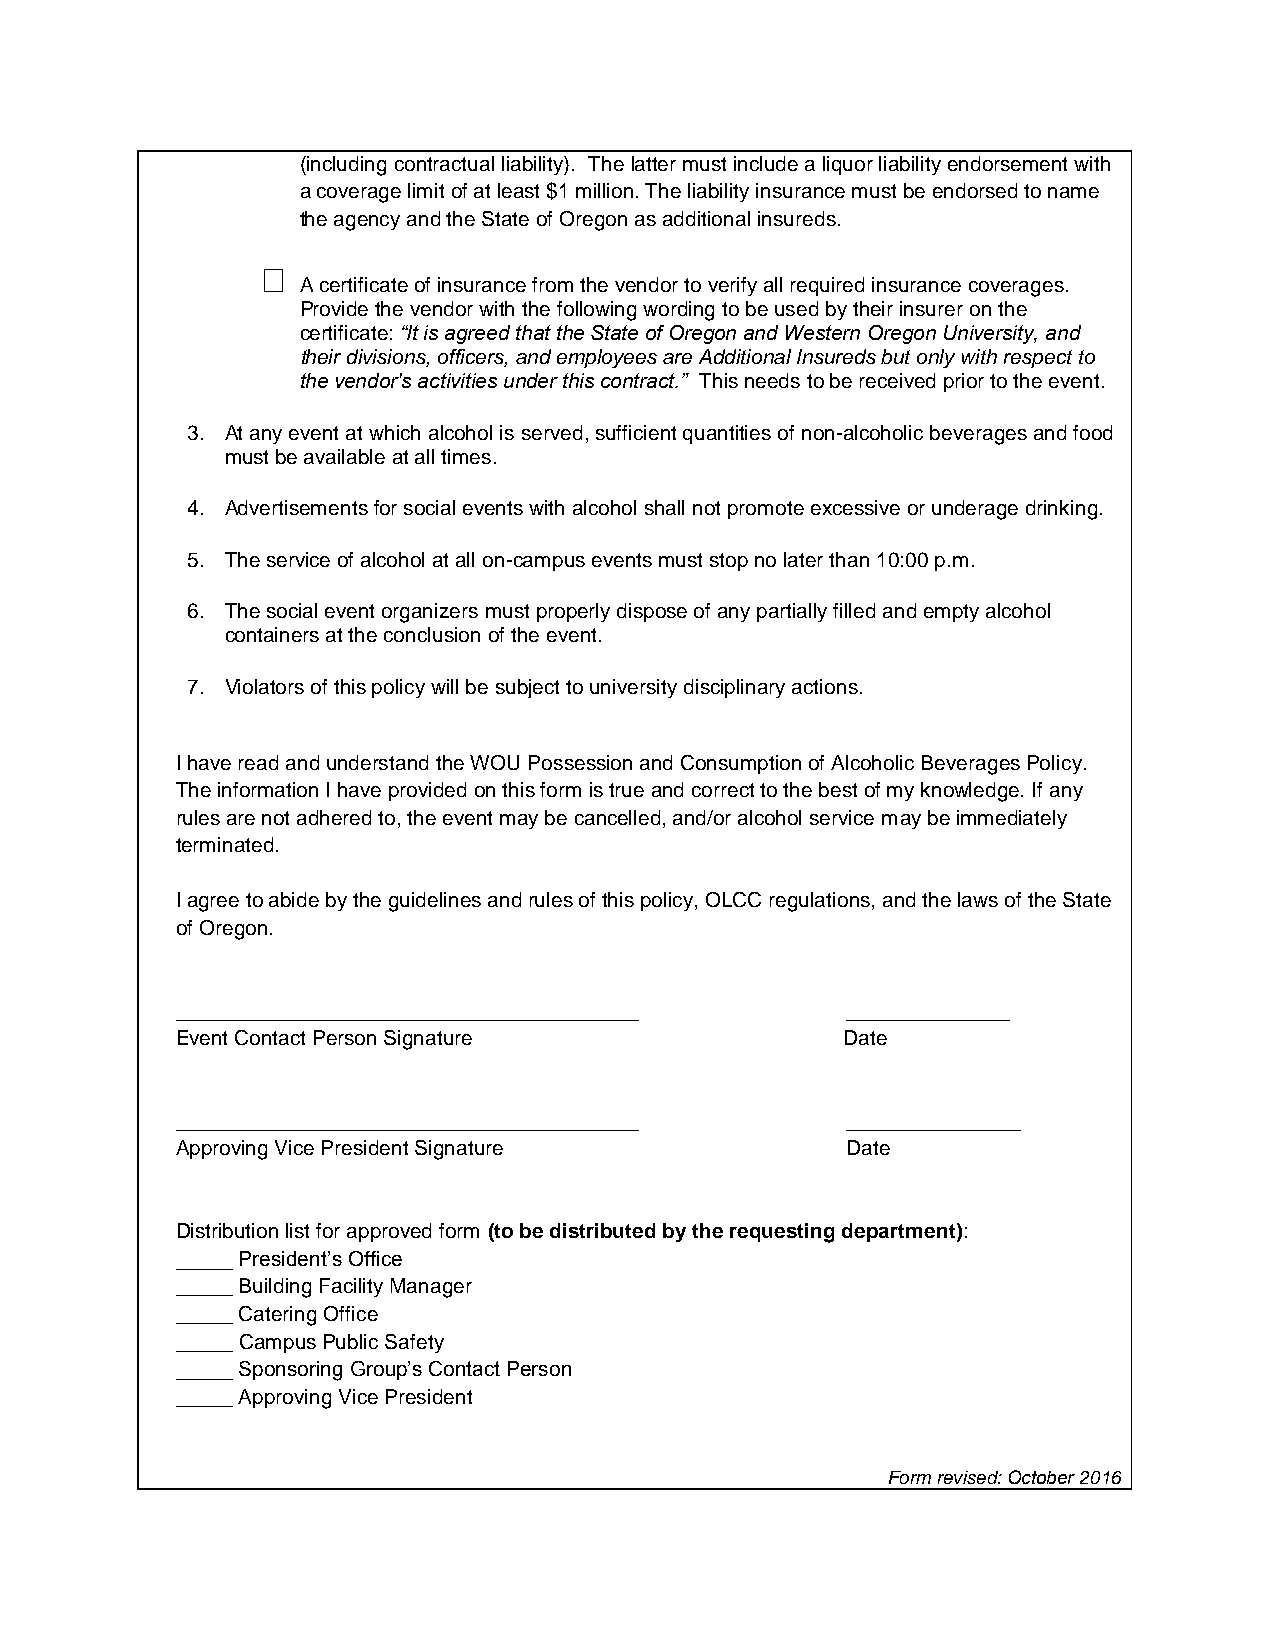
(including contractual liability). The latter must include a liquor liability endorsement with
 a coverage limit of at least $1 million. The liability insurance must be endorsed to name
 the agency and the State of Oregon as additional insureds.
 
 A certificate of insurance from the vendor to verify all required insurance coverages.
 Provide the vendor with the following wording to be used by their insurer on the
 certificate: “It is agreed that the State of Oregon and Western Oregon University, and
 their divisions, officers, and employees are Additional Insureds but only with respect to
 the vendor's activities under this contract.” This needs to be received prior to the event.
 3. At any event at which alcohol is served, sufficient quantities of non-alcoholic beverages and food
 must be available at all times.
 4. Advertisements for social events with alcohol shall not promote excessive or underage drinking.
 5. The service of alcohol at all on-campus events must stop no later than 10:00 p.m.
 6. The social event organizers must properly dispose of any partially filled and empty alcohol
 containers at the conclusion of the event.
 7. Violators of this policy will be subject to university disciplinary actions.
 I have read and understand the WOU Possession and Consumption of Alcoholic Beverages Policy.
 The information I have provided on this form is true and correct to the best of my knowledge. If any
 rules are not adhered to, the event may be cancelled, and/or alcohol service may be immediately
 terminated.
 I agree to abide by the guidelines and rules of this policy, OLCC regulations, and the laws of the State
 of Oregon.
 ________________________________________    ______________
 Event Contact Person Signature              Date
 ________________________________________    _______________
 Approving Vice President Signature          Date
 Distribution list for approved form (to be distributed by the requesting department):
 _____ President’s Office
 _____ Building Facility Manager
 _____ Catering Office
 _____ Campus Public Safety
 _____ Sponsoring Group’s Contact Person
 _____ Approving Vice President
 Form revised: October 2016